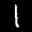
Label: 1